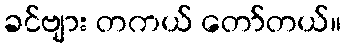
ခင်ဗျား တကယ် တော်တယ်။